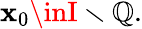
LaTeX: \mathbf{x}_{0}\inI\smallsetminus\mathbb{{Q}}.